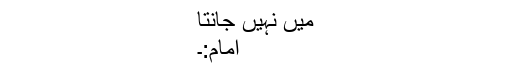
میں نہیں جانتا
امام:۔